65_HS1-834228961_62-HQ-83894_Section_6
Agency: FBI
Page 261
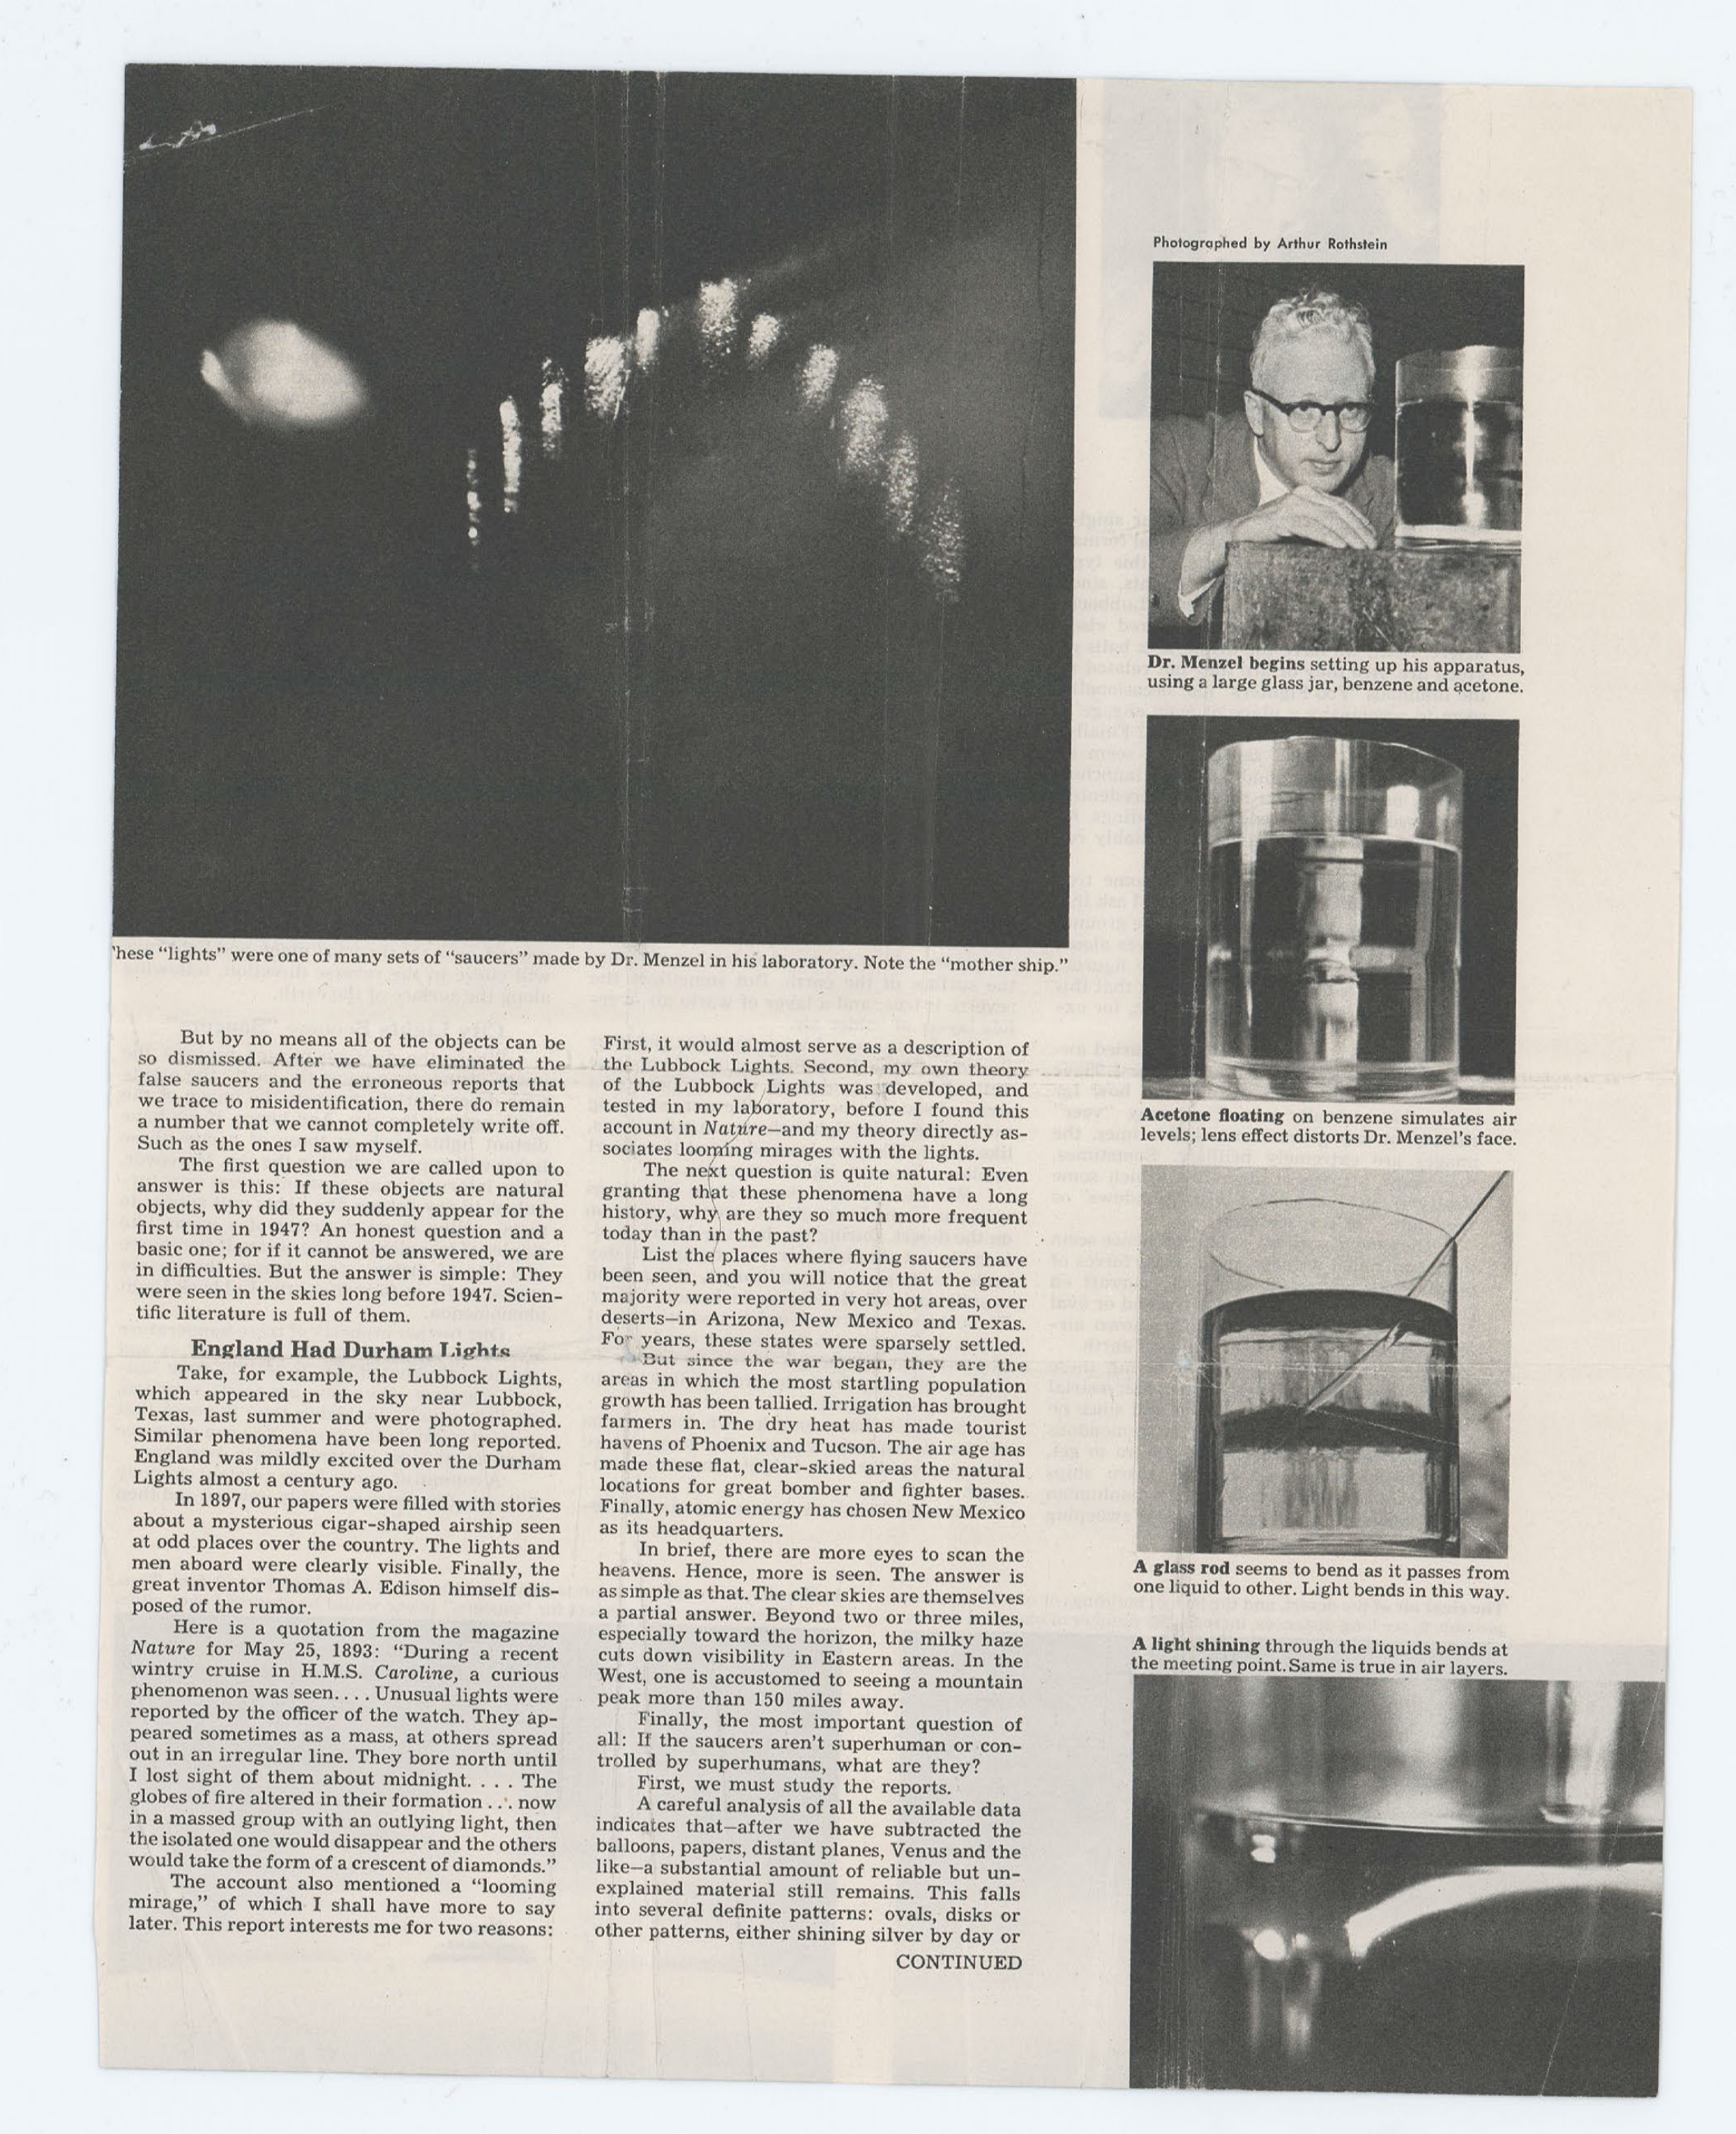